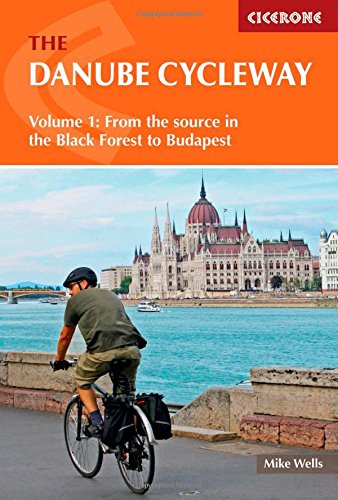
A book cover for The Danube Cycleway Volume 1: From the source in the Black Forest to Budapest (Cicerone Guide); Mike Wells; Travel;